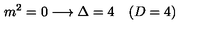
m ^ { 2 } = 0 \longrightarrow \Delta = 4 \quad ( D = 4 )